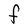
Character: F